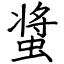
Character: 螀